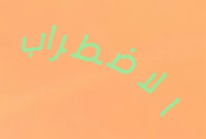
الاضطراب